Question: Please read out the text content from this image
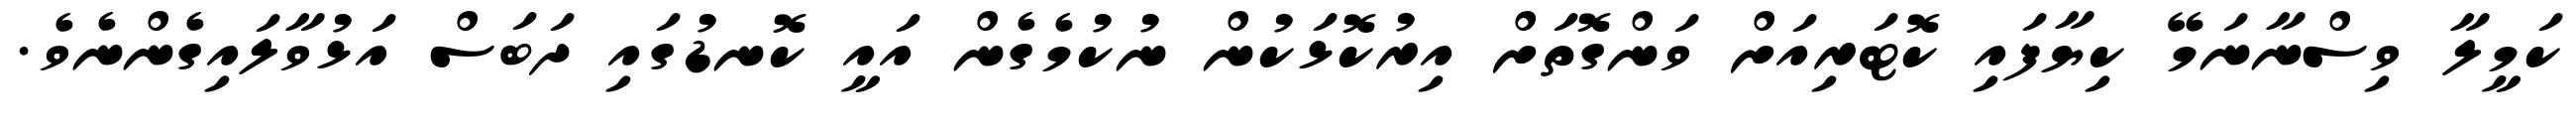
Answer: ކަމީލާ ވިސްނާނަމޭ ކިޔާފައި ކޮޓަރިއަށް ވަންގޮތަށް އިރުކޮޅަކުން ނުކުމެގެން އައީ ކޮނޑުގައި ދަބަސް އަޅުވާލައިގެންނެވެ.